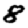
Digit: 8